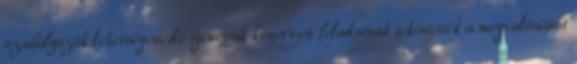
szabályozók lehetséges, de igencsak keserves feladatnak tekintették a megvalósítást